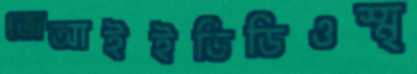
জেআইইডিডিওস্মৃ